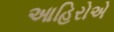
આહિરોએ